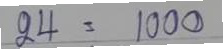
24 = 1000